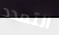
التمدد